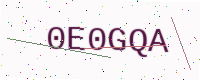
Text: 0E0GQA